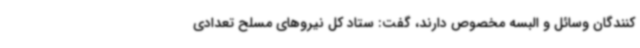
کنندگان وسائل و البسه مخصوص دارند، گفت: ستاد کل نیروهای مسلح تعدادی